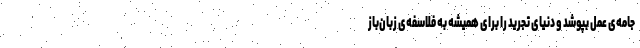
جامه‌ی عمل بپوشد و دنیای تجرید را برای همیشه به فلاسفه‌ی زبان‌باز